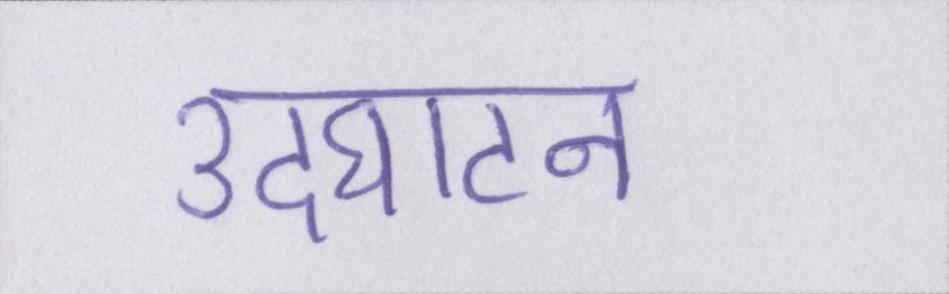
उदघाटन